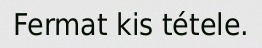
Fermat kis tétele.